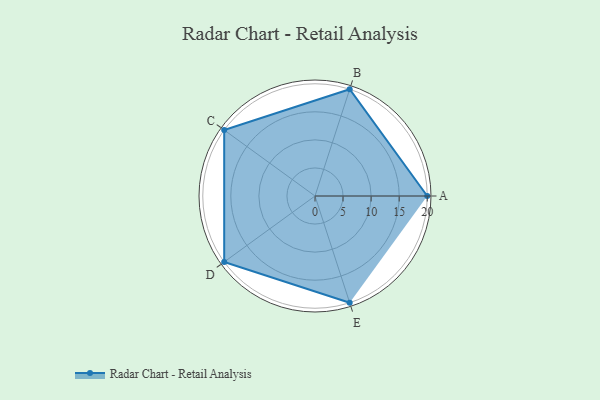
{"axis": {"x": "Skill", "y": "Score"}, "legend": ["Profile"], "data": [{"x": "A", "y": 20, "type": "Profile"}, {"x": "B", "y": 20, "type": "Profile"}, {"x": "C", "y": 20, "type": "Profile"}, {"x": "D", "y": 20, "type": "Profile"}, {"x": "E", "y": 20, "type": "Profile"}]}